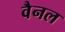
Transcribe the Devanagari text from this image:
वैनल